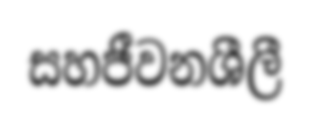
සහජීවනශීලී